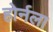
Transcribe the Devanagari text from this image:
होर्नला